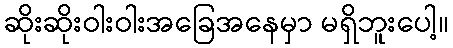
ဆိုးဆိုးဝါးဝါးအခြေအနေမှာ မရှိဘူးပေါ့။